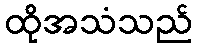
ထိုအသံသည်